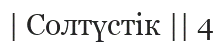
| Солтүстік || 4